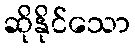
ဆိုနိုင်သော